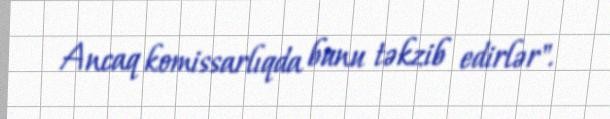
Ancaq komissarlıqda bunu təkzib edirlər".